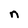
Character: n